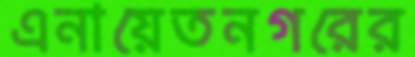
এনায়েতনগরের